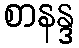
စာနန္ဒ